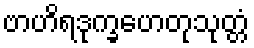
ဗာဟိရဒုက္ခဟေတုသုတ္တံ